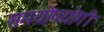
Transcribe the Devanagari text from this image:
समयोपयोगी